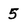
Character: 5